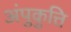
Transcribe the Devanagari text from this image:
अंपुकुत्ति